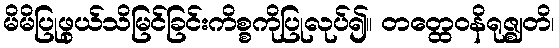
မိမိပြုဖွယ်သိမြင်ခြင်းကိစ္စကိုပြုလုပ်၍။ တတ္ထေဝနိရုဇ္ဈတိ၊